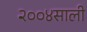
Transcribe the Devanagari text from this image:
२००४साली